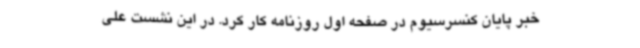
خبر پایان کنسرسیوم در صفحه اول روزنامه کار کرد. در این نشست علی‌